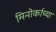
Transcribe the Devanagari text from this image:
मिनोर्काच्या